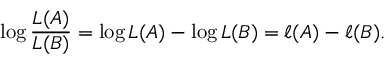
\log { \frac { L ( A ) } { L ( B ) } } = \log L ( A ) - \log L ( B ) = \ell ( A ) - \ell ( B ) .